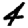
Digit: 4